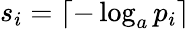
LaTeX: s_{i}=\lceil-\log_{a}p_{i}\rceil